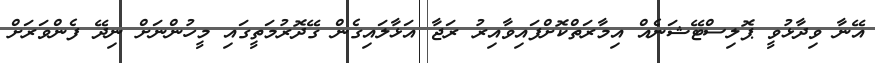
އޭނާ ވިދާޅުވީ ޕޮލިސްޓޭޝަނެއް އިމާރަތްކޮށްފައިވާއިރު ރަޖާ އަޅާލައިގެން ގޭދޮރުމަތީގައި މީހުންނަށް ނިދޭ ފެންވަރަށް